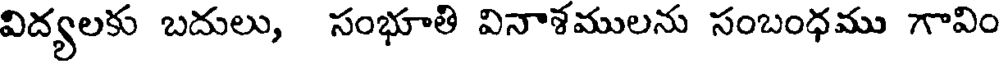
విద్యలకు బదులు, సంభూతి వినాశములను సంబంధము గావిం